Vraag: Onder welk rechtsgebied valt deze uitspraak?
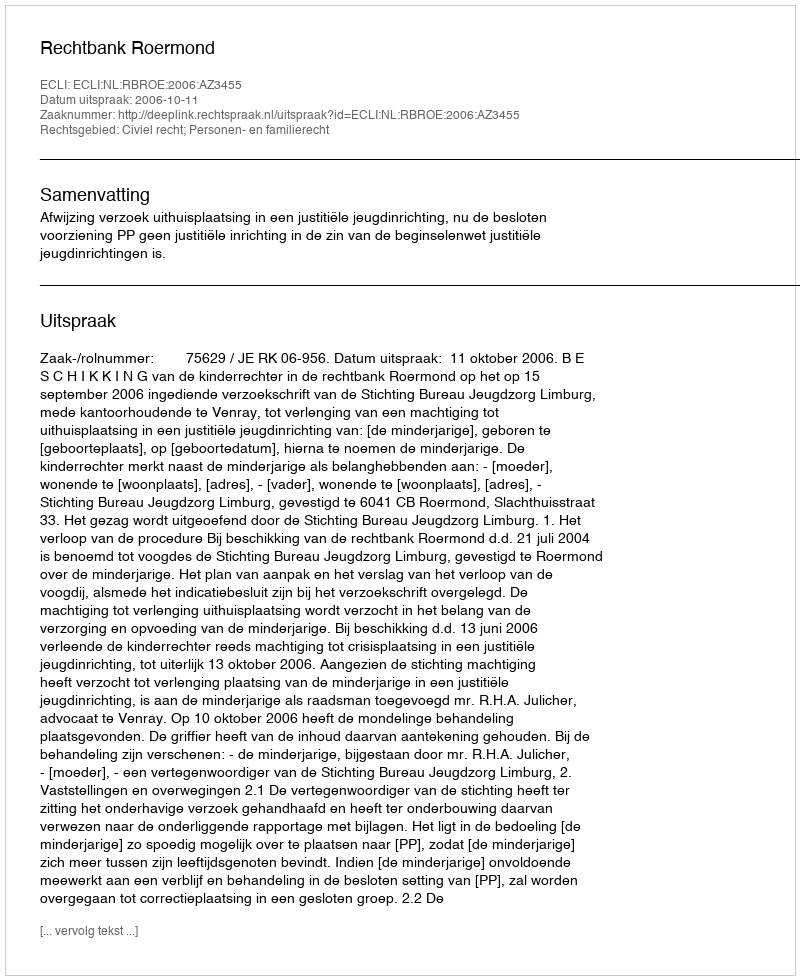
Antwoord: Civiel recht; Personen- en familierecht